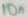
Text: 10n